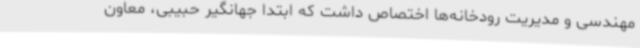
مهندسی و مدیریت رودخانه‌ها اختصاص داشت که ابتدا جهانگیر حبیبی، معاون